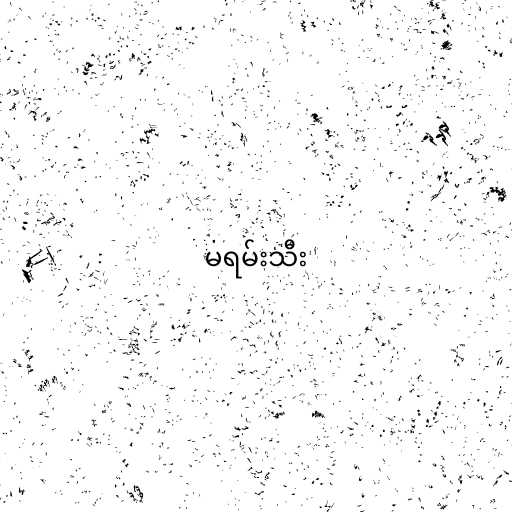
မရမ်းသီး